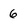
Character: 6